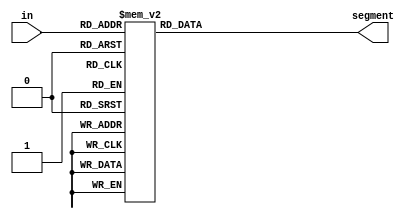

`timescale 1ns/100ps

module dec47 (
   in,
   segment
);
  input  [3:0] in;
  output [6:0] segment;

  reg    [6:0] segment;
  
  always @ ( in ) begin
    case ( in ) 
      4'b0000: segment = 7'b0111111;
      4'b0001: segment = 7'b0000110;
      4'b0010: segment = 7'b1011011;
      4'b0011: segment = 7'b1001111;
      4'b0100: segment = 7'b1100110;
      4'b0101: segment = 7'b1101101;
      4'b0110: segment = 7'b1111101;
      4'b0111: segment = 7'b0000111;
      4'b1000: segment = 7'b1111111;
      4'b1001: segment = 7'b1101111;
      4'b1010: segment = 7'b1110111;
      4'b1011: segment = 7'b1111100;
      4'b1100: segment = 7'b0111001;
      4'b1101: segment = 7'b1011110;
      4'b1110: segment = 7'b1111001;
      4'b1111: segment = 7'b1110001;
     endcase
  end

endmodule